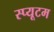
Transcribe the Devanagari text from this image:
स्प्यूटम